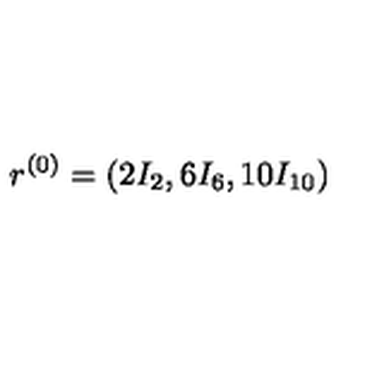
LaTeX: r ^ { ( 0 ) } = ( 2 I _ { 2 } , 6 I _ { 6 } , 1 0 I _ { 1 0 } )